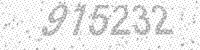
Solution: 915232